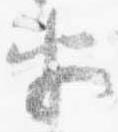
半